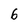
Character: 6